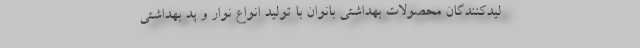
لیدکنندگان محصولات بهداشتی بانوان با تولید انواع نوار و پد بهداشتی